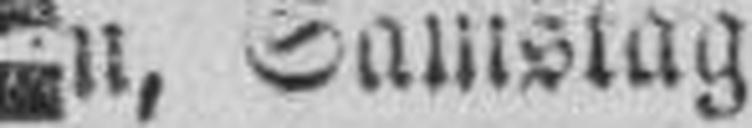
Wien, Samstag